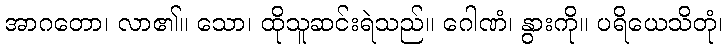
အာဂတော၊ လာ၏။ သော၊ ထိုသူဆင်းရဲသည်။ ဂေါဏံ၊ နွားကို။ ပရိယေသိတုံ၊